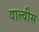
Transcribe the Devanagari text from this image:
वाल्वीस